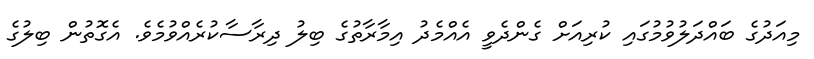
މިއަދުގެ ބައްދަލުވުމުގައި ކުރިއަށް ގެންދެވީ އެއްމެދު އިމާރާތުގެ ބިލު ދިރާސާކުރެއްވުމެވެ. އެގޮތުން ބިލުގެ